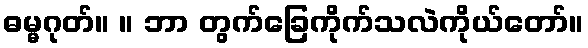
ဓမ္မဂုတ်။ ။ ဘာ တွက်ခြေကိုက်သလဲကိုယ်တော်။